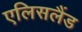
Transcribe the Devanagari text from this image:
एलिसलैंड